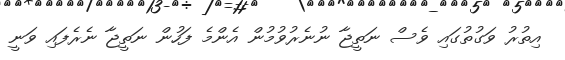
އިތުރު ވަގުތުގައި ވެސް ނަތީޖާ ނުނެރުވުމުން އެންމެ ފަހުން ނަތީޖާ ނެރެފައި ވަނީ